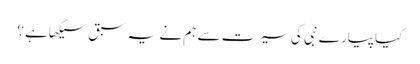
کیا پیارے نبی کی سیرت سے ہم نے یہ سبق سیکھا ہے؟